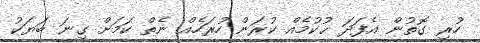
ހުރި ގޮތުން އެފަދަ ޙުކުމެއް ކުރަން ހުރަހެއް ނެތް ކަމަށް ގިނަ ބަޔަކު